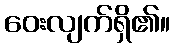
ဝေးလျက်ရှိ၏။